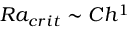
R a _ { c r i t } \sim C h ^ { 1 }